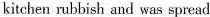
kitchen rubbish and was spread